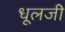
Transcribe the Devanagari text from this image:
धूलजी